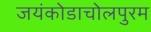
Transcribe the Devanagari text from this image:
जयंकोडाचोलपुरम